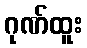
ဂုဏ်ထူး